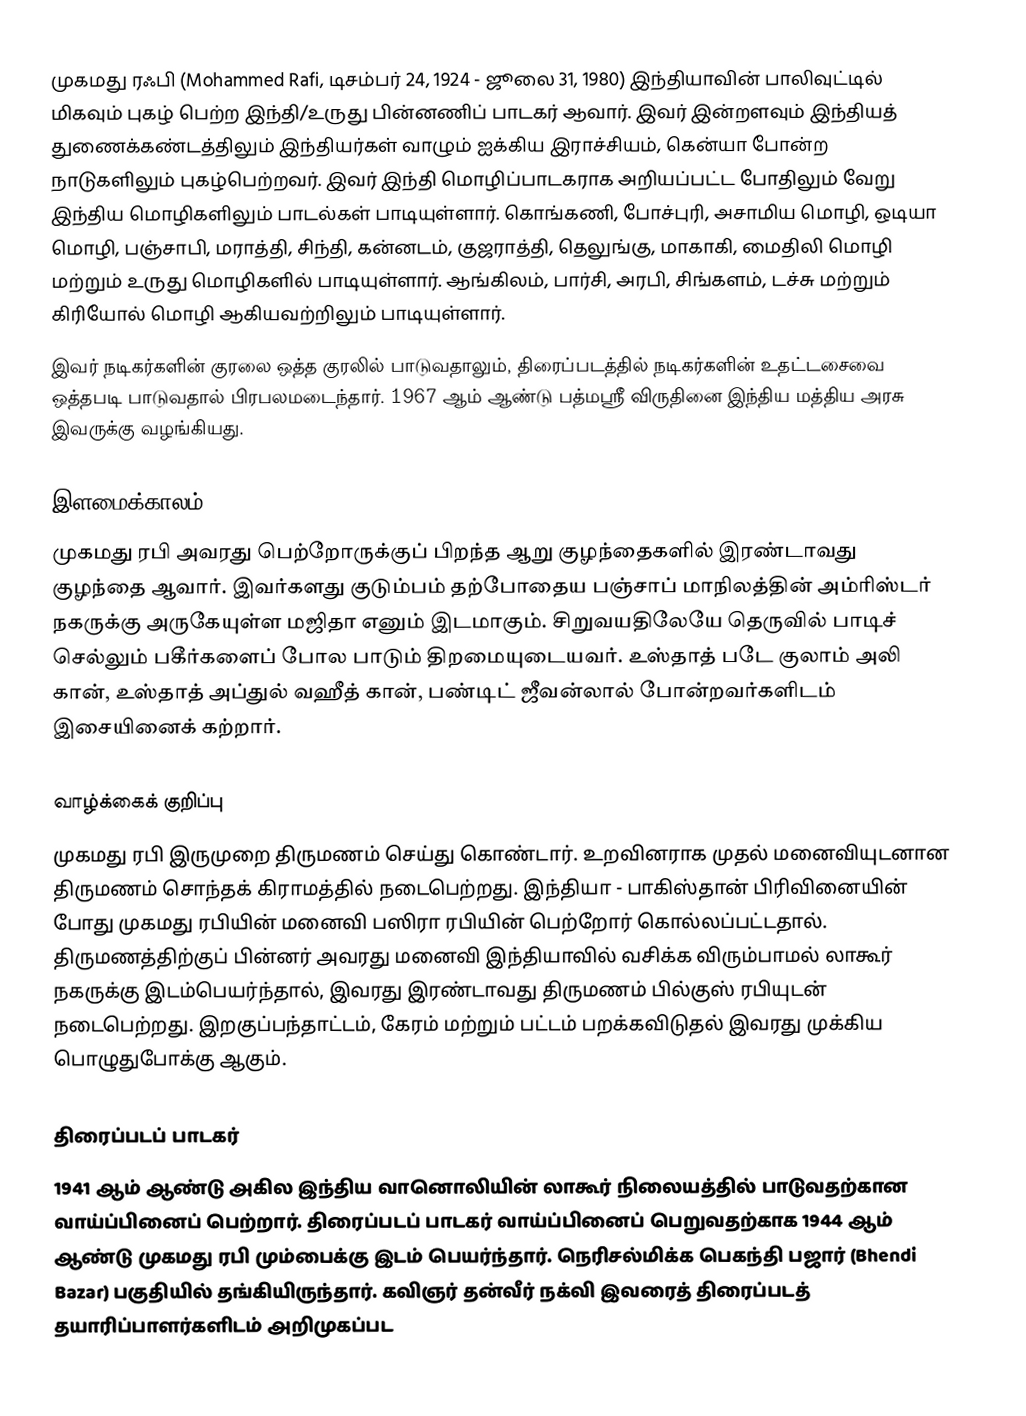
முகமது ரஃபி (Mohammed Rafi, டிசம்பர் 24, 1924 - ஜூலை 31, 1980) இந்தியாவின் பாலிவுட்டில் மிகவும் புகழ் பெற்ற இந்தி/உருது பின்னணிப் பாடகர் ஆவார். இவர் இன்றளவும் இந்தியத் துணைக்கண்டத்திலும் இந்தியர்கள் வாழும் ஐக்கிய இராச்சியம், கென்யா போன்ற நாடுகளிலும் புகழ்பெற்றவர். இவர் இந்தி மொழிப்பாடகராக அறியப்பட்ட போதிலும் வேறு இந்திய மொழிகளிலும் பாடல்கள் பாடியுள்ளார். கொங்கணி, போச்புரி, அசாமிய மொழி, ஒடியா மொழி, பஞ்சாபி, மராத்தி, சிந்தி, கன்னடம், குஜராத்தி, தெலுங்கு, மாகாகி, மைதிலி மொழி மற்றும் உருது மொழிகளில் பாடியுள்ளார். ஆங்கிலம், பார்சி, அரபி, சிங்களம், டச்சு மற்றும் கிரியோல் மொழி ஆகியவற்றிலும் பாடியுள்ளார்.
இவர் நடிகர்களின் குரலை ஒத்த குரலில் பாடுவதாலும், திரைப்படத்தில் நடிகர்களின் உதட்டசைவை ஒத்தபடி பாடுவதால் பிரபலமடைந்தார்.  1967 ஆம் ஆண்டு பத்மஶ்ரீ விருதினை இந்திய மத்திய அரசு இவருக்கு வழங்கியது.

இளமைக்காலம்
முகமது ரபி அவரது பெற்றோருக்குப் பிறந்த ஆறு குழந்தைகளில் இரண்டாவது குழந்தை ஆவார். இவர்களது குடும்பம் தற்போதைய பஞ்சாப் மாநிலத்தின் அம்ரிஸ்டர் நகருக்கு அருகேயுள்ள மஜிதா எனும் இடமாகும். சிறுவயதிலேயே தெருவில் பாடிச் செல்லும் பகீர்களைப் போல பாடும் திறமையுடையவர். உஸ்தாத் படே குலாம் அலி கான், உஸ்தாத் அப்துல் வஹீத் கான், பண்டிட் ஜீவன்லால் போன்றவர்களிடம் இசையினைக் கற்றார்.

வாழ்க்கைக் குறிப்பு
முகமது ரபி இருமுறை திருமணம் செய்து கொண்டார்.  உறவினராக முதல் மனைவியுடனான திருமணம் சொந்தக் கிராமத்தில் நடைபெற்றது. இந்தியா - பாகிஸ்தான் பிரிவினையின் போது முகமது ரபியின் மனைவி பஸிரா ரபியின் பெற்றோர் கொல்லப்பட்டதால். திருமணத்திற்குப் பின்னர் அவரது மனைவி இந்தியாவில் வசிக்க விரும்பாமல் லாகூர் நகருக்கு இடம்பெயர்ந்தால், இவரது இரண்டாவது திருமணம் பில்குஸ் ரபியுடன் நடைபெற்றது. இறகுப்பந்தாட்டம், கேரம் மற்றும் பட்டம் பறக்கவிடுதல் இவரது முக்கிய பொழுதுபோக்கு ஆகும்.

திரைப்படப் பாடகர்
1941 ஆம் ஆண்டு அகில இந்திய வானொலியின் லாகூர் நிலையத்தில் பாடுவதற்கான வாய்ப்பினைப் பெற்றார். திரைப்படப் பாடகர் வாய்ப்பினைப் பெறுவதற்காக 1944 ஆம் ஆண்டு முகமது ரபி மும்பைக்கு இடம் பெயர்ந்தார். நெரிசல்மிக்க பெகந்தி பஜார் (Bhendi Bazar) பகுதியில் தங்கியிருந்தார். கவிஞர் தன்வீர் நக்வி இவரைத் திரைப்படத் தயாரிப்பாளர்களிடம் அறிமுகப்பட